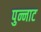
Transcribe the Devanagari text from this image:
पुन्नाट